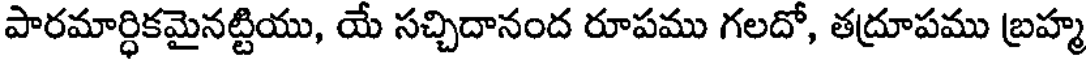
పారమార్ధికమైనట్టియు, యే సచ్చిదానంద రూపము గలదో, తద్రూపము బ్రహ్మ